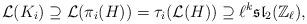
LaTeX: \begin{align*}\mathcal{L}(K_i) \supseteq \mathcal{L}(\pi_i(H)) = \tau_i (\mathcal{L}(H)) \supseteq \ell^k \mathfrak{sl}_2(\mathbb{Z}_\ell),\end{align*}